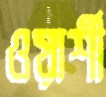
ওয়ার্শী